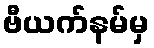
ဗီယက်နမ်မှ